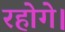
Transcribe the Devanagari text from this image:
रहोगे।